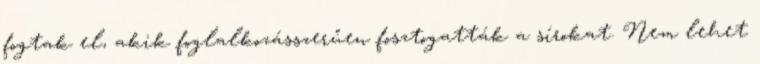
fogtak el, akik foglalkozásszerűen fosztogatták a sírokat. Nem lehet